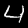
Label: 4